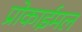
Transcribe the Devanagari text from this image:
प्रोकाईमल